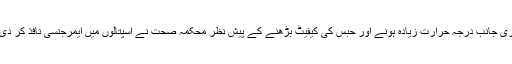
دوسری جانب درجہ حرارت زیادہ ہونے اور حبس کی کیفیٹ بڑھنے کے پیش نظر محکمہ صحت نے اسپتالوں میں ایمرجنسی نافذ کر دی ہے۔